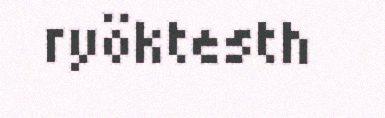
ryöktesth